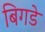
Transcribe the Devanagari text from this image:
बिगडे